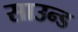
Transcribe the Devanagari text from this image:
साउन्‍ड